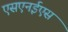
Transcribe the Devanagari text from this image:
एसएनईएस